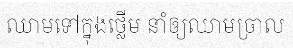
ឈាមទៅក្នុងថ្លើម នាំឲ្យឈាមច្រាល